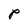
Character: P